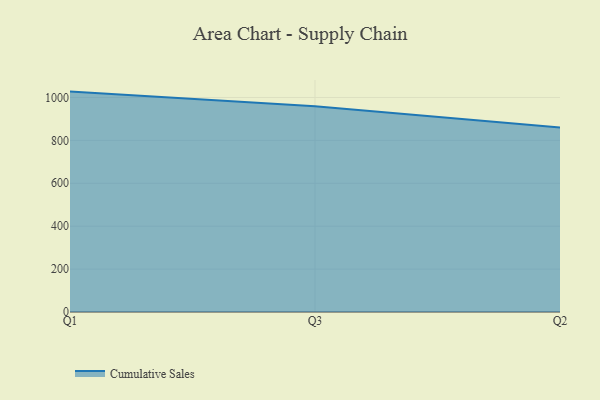
{"axis": {"x": "Quarter", "y": "Tickets Resolved"}, "legend": ["Cumulative Sales"], "data": [{"x": "Q1", "y": 1027.4, "type": "Cumulative Sales"}, {"x": "Q3", "y": 958.9, "type": "Cumulative Sales"}, {"x": "Q2", "y": 860.5, "type": "Cumulative Sales"}]}